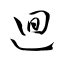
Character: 廻